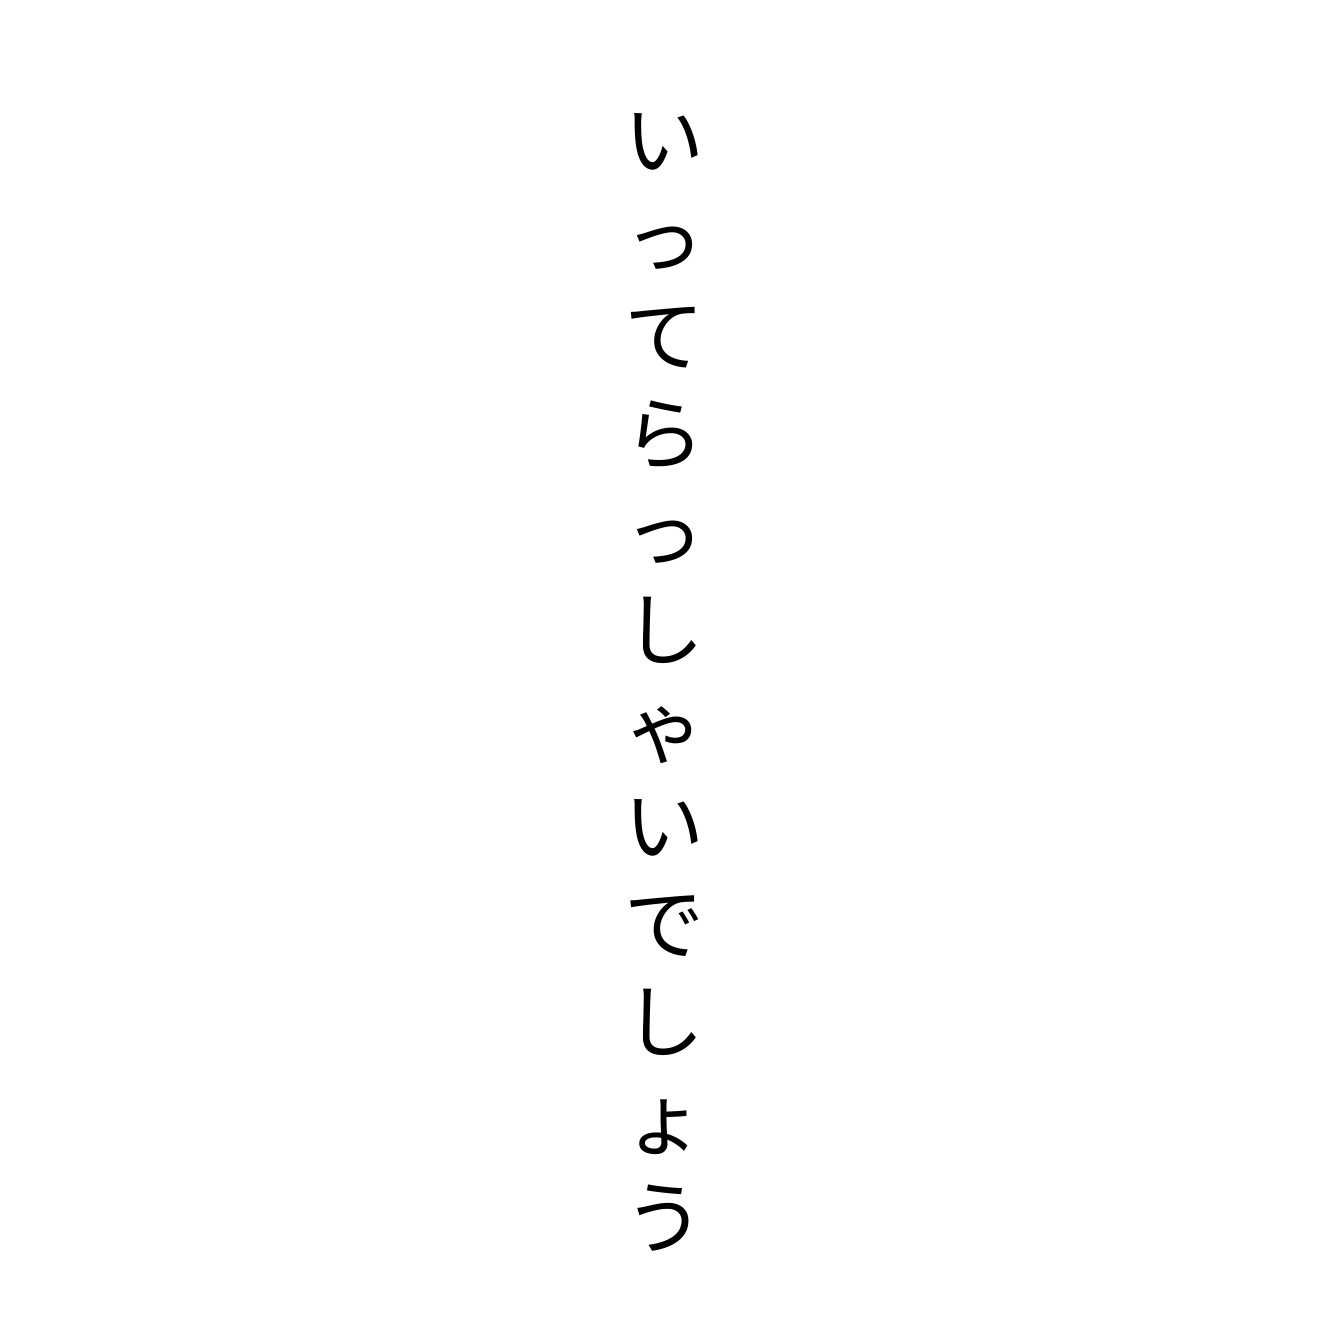
いってらっしゃいでしょう